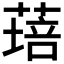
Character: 𦹷